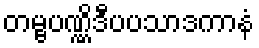
တမ္ဗပဏ္ဏိဒီပပသာဒကာနံ